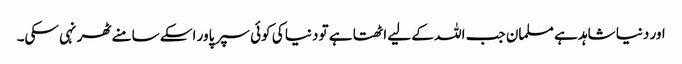
اور دنیا شاہد ہے مسلمان جب اللہ کے لیے اٹھتا ہے تو دنیا کی کوئی سپر پاور اسکے سامنے ٹھر نہی سکی۔